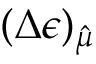
( \Delta \epsilon ) _ { \hat { \mu } }